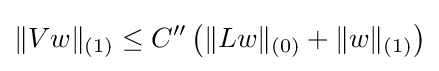
\|Vw\|_{(1)}\leq C^{\prime \prime }\left(\|Lw\|_{(0)}+\|w\|_{(1)}\right)